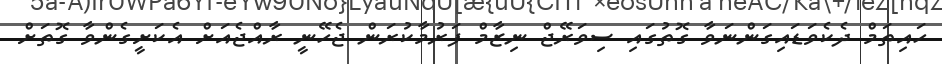
ހައިތަމް ދެކެވަޑައިގަންނަވާ ގޮތުގައި ސިވަރޭޖް ނިޒާމް ފަރުމާކުރަން ޖެހޭނީ ރާއްޖެއަށް އެކަށީގެންވާ ގޮތަށް